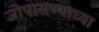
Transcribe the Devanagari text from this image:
जोपासण्याच्या